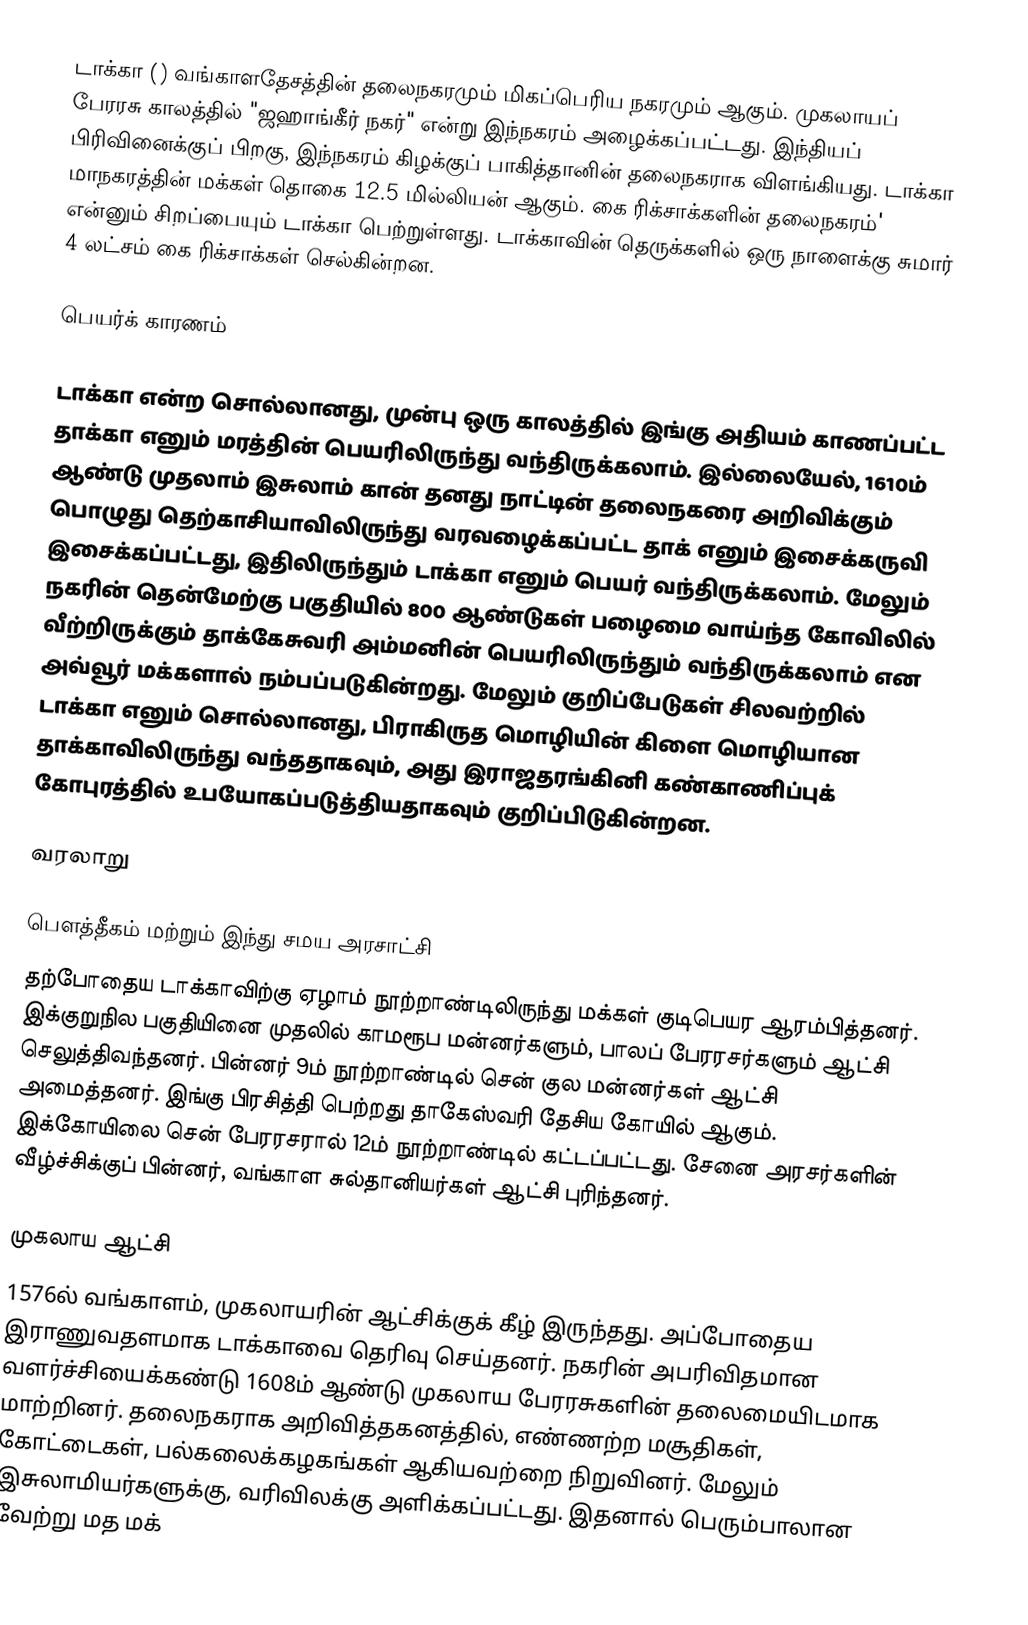
டாக்கா () வங்காளதேசத்தின் தலைநகரமும் மிகப்பெரிய நகரமும் ஆகும். முகலாயப் பேரரசு காலத்தில் "ஜஹாங்கீர் நகர்" என்று இந்நகரம் அழைக்கப்பட்டது. இந்தியப் பிரிவினைக்குப் பிறகு, இந்நகரம் கிழக்குப் பாகித்தானின் தலைநகராக விளங்கியது. டாக்கா மாநகரத்தின் மக்கள் தொகை 12.5 மில்லியன் ஆகும். கை ரிக்சாக்களின் தலைநகரம்' என்னும் சிறப்பையும் டாக்கா  பெற்றுள்ளது. டாக்காவின் தெருக்களில் ஒரு நாளைக்கு சுமார் 4 லட்சம் கை ரிக்சாக்கள் செல்கின்றன.

பெயர்க் காரணம்

டாக்கா என்ற சொல்லானது, முன்பு ஒரு காலத்தில் இங்கு அதியம் காணப்பட்ட தாக்கா எனும் மரத்தின் பெயரிலிருந்து வந்திருக்கலாம். இல்லையேல், 1610ம் ஆண்டு முதலாம் இசுலாம் கான் தனது நாட்டின் தலைநகரை அறிவிக்கும் பொழுது தெற்காசியாவிலிருந்து வரவழைக்கப்பட்ட தாக் எனும் இசைக்கருவி இசைக்கப்பட்டது, இதிலிருந்தும் டாக்கா எனும் பெயர் வந்திருக்கலாம். மேலும் நகரின் தென்மேற்கு பகுதியில் 800 ஆண்டுகள் பழைமை வாய்ந்த கோவிலில் வீற்றிருக்கும் தாக்கேசுவரி அம்மனின் பெயரிலிருந்தும் வந்திருக்கலாம் என அவ்வூர் மக்களால் நம்பப்படுகின்றது. மேலும் குறிப்பேடுகள் சிலவற்றில் டாக்கா எனும் சொல்லானது, பிராகிருத மொழியின் கிளை மொழியான தாக்காவிலிருந்து வந்ததாகவும், அது இராஜதரங்கினி கண்காணிப்புக் கோபுரத்தில் உபயோகப்படுத்தியதாகவும் குறிப்பிடுகின்றன.

வரலாறு

பெளத்தீகம் மற்றும் இந்து சமய அரசாட்சி
தற்போதைய டாக்காவிற்கு ஏழாம் நூற்றாண்டிலிருந்து மக்கள் குடிபெயர ஆரம்பித்தனர். இக்குறுநில பகுதியினை முதலில் காமரூப மன்னர்களும், பாலப் பேரரசர்களும் ஆட்சி செலுத்திவந்தனர். பின்னர் 9ம் நூற்றாண்டில் சென் குல மன்னர்கள் ஆட்சி அமைத்தனர். இங்கு பிரசித்தி பெற்றது தாகேஸ்வரி தேசிய கோயில் ஆகும். இக்கோயிலை சென் பேரரசரால் 12ம் நூற்றாண்டில் கட்டப்பட்டது. சேனை அரசர்களின் வீழ்ச்சிக்குப் பின்னர், வங்காள சுல்தானியர்கள் ஆட்சி புரிந்தனர்.

முகலாய ஆட்சி
1576ல் வங்காளம், முகலாயரின் ஆட்சிக்குக் கீழ் இருந்தது. அப்போதைய இராணுவதளமாக டாக்காவை தெரிவு செய்தனர். நகரின் அபரிவிதமான வளர்ச்சியைக்கண்டு 1608ம் ஆண்டு முகலாய பேரரசுகளின் தலைமையிடமாக மாற்றினர். தலைநகராக அறிவித்தகனத்தில், எண்ணற்ற மசூதிகள், கோட்டைகள், பல்கலைக்கழகங்கள் ஆகியவற்றை நிறுவினர். மேலும் இசுலாமியர்களுக்கு, வரிவிலக்கு அளிக்கப்பட்டது. இதனால் பெரும்பாலான வேற்று மத மக்